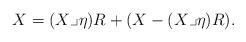
LaTeX: \begin{align*} X=(X\lrcorner\eta)R +(X-(X\lrcorner\eta)R).\end{align*}